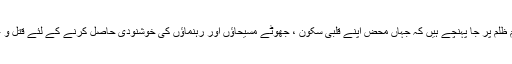
انّا کی رو میں بہتے بہتے آج ہم اس مقامِ ظلم پر جا پہنچے ہیں کہ جہاں محض اپنے قلبی سکون ، جھوٹے مسیحاؤں اور رہنماؤں کی خوشنودی حاصل کرنے کے لئے قتل و غارت گری کا میدان سجائے بیٹھے ہیں۔